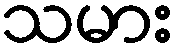
သမား